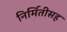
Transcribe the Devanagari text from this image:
निर्मितीसह